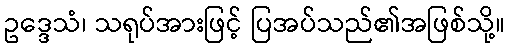
ဥဒ္ဒေသံ၊ သရုပ်အားဖြင့် ပြအပ်သည်၏အဖြစ်သို့။